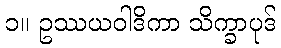
၁။ ဥဿယဝါဒိကာ သိက္ခာပုဒ်